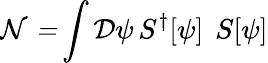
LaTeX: \mathcal{N=}\mathop{\displaystyle\int}\mathcal{D}\psi\, S^{\dagger}[\psi]\, \ S[\psi]